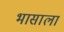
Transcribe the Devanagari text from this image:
भासाला